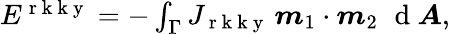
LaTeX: \begin{array}{r}{E^{\mathrm{~r~k~k~y~}}=-\int_{\Gamma}J_{\mathrm{~r~k~k~y~}}\, \boldsymbol{m}_{1}\cdot\boldsymbol{m}_{2}\, \, \mathrm{~d~}\boldsymbol{A},}\end{array}